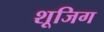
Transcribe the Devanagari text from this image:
शूजिग